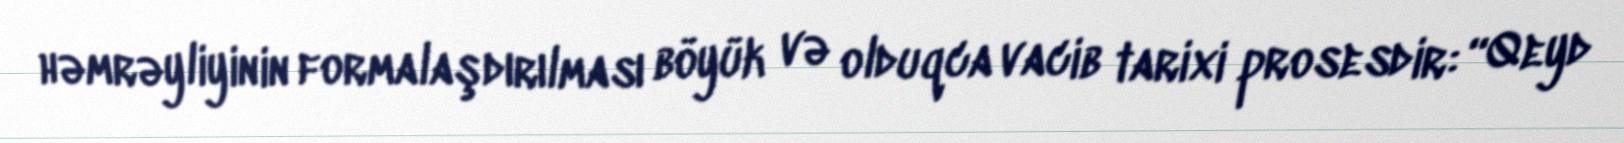
həmrəyliyinin formalaşdırılması böyük və olduqca vacib tarixi prosesdir: “Qeyd